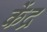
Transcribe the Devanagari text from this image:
केंद्र